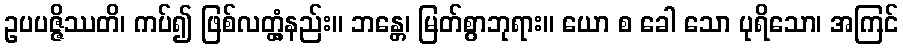
ဥပပဇ္ဇိဿတိ၊ ကပ်၍ ဖြစ်လတ္တံ့နည်း။ ဘန္တေ၊ မြတ်စွာဘုရား။ ယော စ ခေါ သော ပုရိသော၊ အကြင်